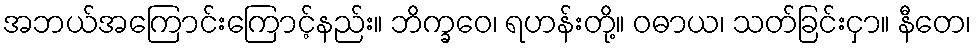
အဘယ်အကြောင်းကြောင့်နည်း။ ဘိက္ခဝေ၊ ရဟန်းတို့။ ဝဓာယ၊ သတ်ခြင်းငှာ။ နီတေ၊